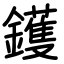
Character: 鑊